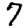
Digit: 7